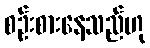
စဉ်းစားနေသည်ဟု